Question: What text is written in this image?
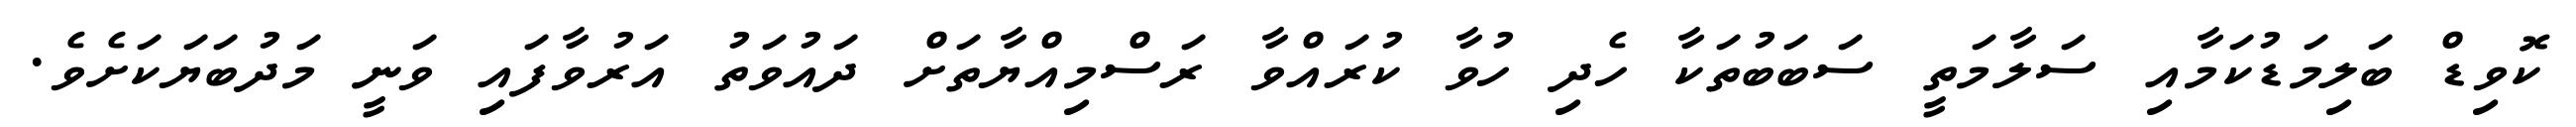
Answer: ކޮވިޑް ބަލިމަޑުކަމާއި ސަލާމަތީ ސަބަބުތަކާ ހެދި ހުވާ ކުރައްވާ ރަސްމިއްޔާތަށް ދައުވަތު އަރުވާފައި ވަނީ މަދުބަޔަކަށެވެ.